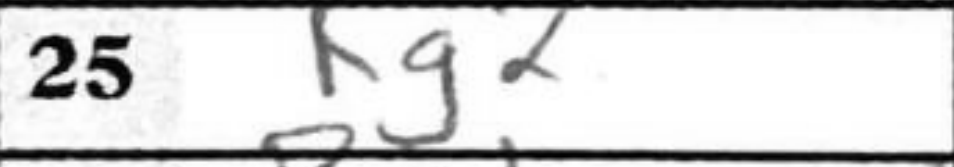
Transcription: Kg2